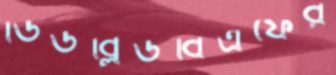
ডিডব্লিউবিএফের